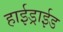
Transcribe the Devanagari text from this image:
हाईड्राईड